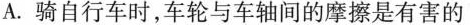
A.骑自行车时，车轮与车轴间的摩擦是有害的